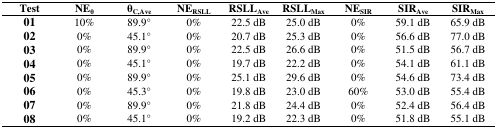
<table><thead><tr><td><b>Test</b></td><td><b>NE<sub>θ</sub></b></td><td><b>θ<sub>C,Ave</sub></b></td><td><b>NE<sub>RSLL</sub></b></td><td><b>RSLL<sub>Ave</sub></b></td><td><b>RSLL<sub>Max</sub></b></td><td><b>NE<sub>SIR</sub></b></td><td><b>SIR<sub>Ave</sub></b></td><td><b>SIR<sub>Max</sub></b></td></tr></thead><tbody><tr><td><b>01</b></td><td>10%</td><td>89.9°</td><td>0%</td><td>22.5 dB</td><td>25.0 dB</td><td>0%</td><td>59.1 dB</td><td>65.9 dB</td></tr><tr><td><b>02</b></td><td>0%</td><td>45.1°</td><td>0%</td><td>20.7 dB</td><td>25.3 dB</td><td>0%</td><td>56.6 dB</td><td>77.0 dB</td></tr><tr><td><b>03</b></td><td>0%</td><td>89.9°</td><td>0%</td><td>22.5 dB</td><td>26.6 dB</td><td>0%</td><td>51.5 dB</td><td>56.7 dB</td></tr><tr><td><b>04</b></td><td>0%</td><td>45.1°</td><td>0%</td><td>19.7 dB</td><td>22.2 dB</td><td>0%</td><td>54.1 dB</td><td>61.1 dB</td></tr><tr><td><b>05</b></td><td>0%</td><td>89.9°</td><td>0%</td><td>25.1 dB</td><td>29.6 dB</td><td>0%</td><td>54.6 dB</td><td>73.4 dB</td></tr><tr><td><b>06</b></td><td>0%</td><td>45.3°</td><td>0%</td><td>19.8 dB</td><td>23.0 dB</td><td>60%</td><td>53.0 dB</td><td>55.4 dB</td></tr><tr><td><b>07</b></td><td>0%</td><td>89.9°</td><td>0%</td><td>21.8 dB</td><td>24.4 dB</td><td>0%</td><td>52.4 dB</td><td>56.4 dB</td></tr><tr><td><b>08</b></td><td>0%</td><td>45.1°</td><td>0%</td><td>19.2 dB</td><td>22.3 dB</td><td>0%</td><td>51.8 dB</td><td>55.1 dB</td></tr></tbody></table>